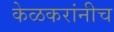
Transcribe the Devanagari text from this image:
केळकरांनीच